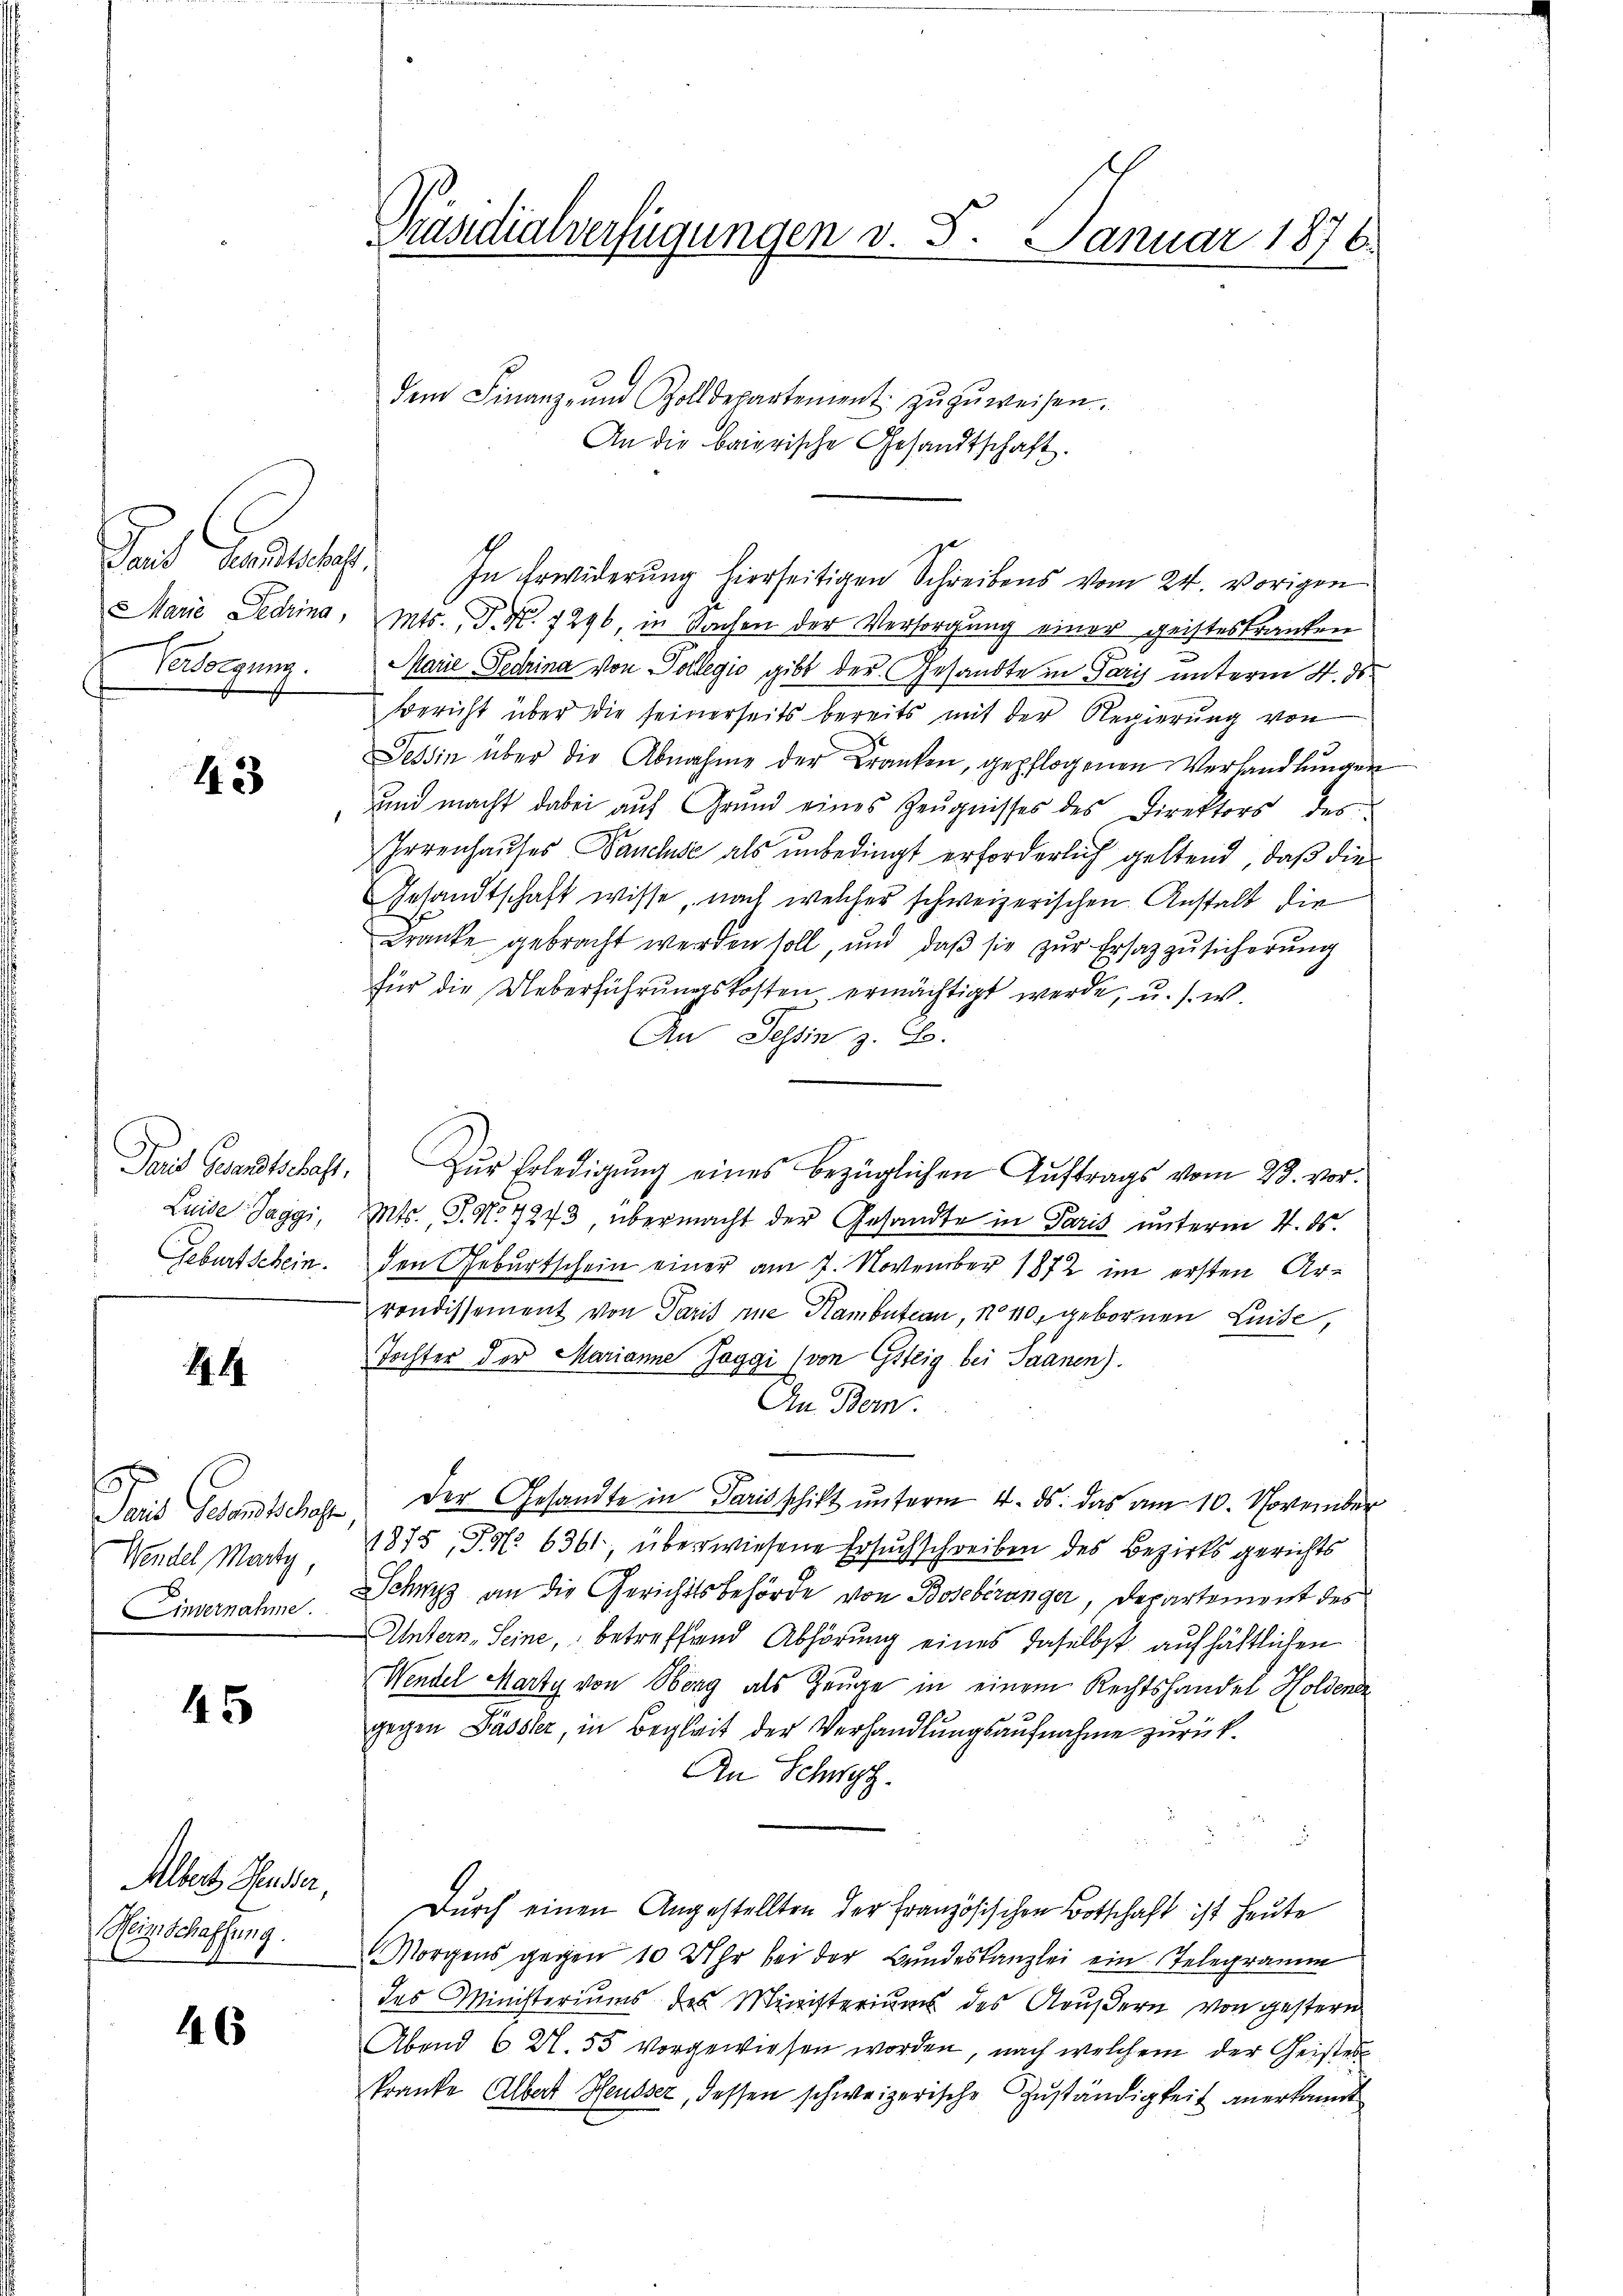
Tard Landtschaf
Versorgung.

43

Luise Jaggi,

44

Wendel Martig,

45

Albert Heusler,
Weinschaffung.

46

Präsidialverfügungen v. 5. Januar 1876.

dem Finanz- und Zolldepartement. zŭzŭweisen.
An die baierische Gesandtschaft.
Marie Dedrina, Mts., P. Nr. 7296, in Sachen der Versorgung einer geisteskranken
Marie Fedrina von Sollegio gibt der Gesandte in Paris unterm 4. ds.
Bericht über die seinerseits bereits mit der Regierung von
Tessin über die Abnahme der Kranken, gepflogenen Verhandlungen
 und macht dabei auf Grund eines Zeugnisses des Direktors des
Irrenhauses Bauchse als unbedingt erforderlich geltend, daß die
Gesandtschaft wisse, nach welcher schweizerischen Anstalt die
Kranke gebracht werden soll, und daβ sie zŭr Ersatz zusicherung
für die Ueberführŭngskosten ermächtigt werde, u. s. w.
An Tessin z. B.
Taid Gesandtschaft. Zŭr Erledigŭng eines bezüglichen Aŭftrags vom 28. vor-
Mts., S. No. 7273, übermacht der Gesandte in Paris unterm 4. ds.
Geburtschein. Den Geburtschein einer am 7. November 1872 im ersten Arrondissement von Paris eine Hanibution, No 110, gebornen Luise,
Tochter der Marianne Jaggi (von Gsteig bei Saanen).
An Bern.
Paris Gesandtschofe der Gesandte in Parischikt unterm 4. ds. das am 10. November
1875, Fr. 6361, überwiesene Ersuchschreiben des Bezirksgerichts
Einvernahme. Schwyz an die Gerichtsbehörde von Bosebéranger, Departemont des
Untern-Seine, betreffend Abhörung eines daselbst aufhältlichen
Wendel Marty von Oberg als Zeuge in einem Rechtshandel Holdende
gegen Pässler, in Begleit der Verhandlungsaufnahme zurück¬
An Schwyz.
Durch einen Angestellten der Französischen Botschaft ist heute
Morgens gegen 10 Uhr bei der Bundeskanzlei ein Telegramm
des Ministeriums des Ministeriums des Aeußern von gestern
Abend 6 Al. 55 vorgewiesen worden, nach welchem der Geistes
kranke Albert Heusser, dessen schweizerische Zuständigkeit anerkannt

In Erwiderung hierseitigen Schreibens vom 24. vorigen